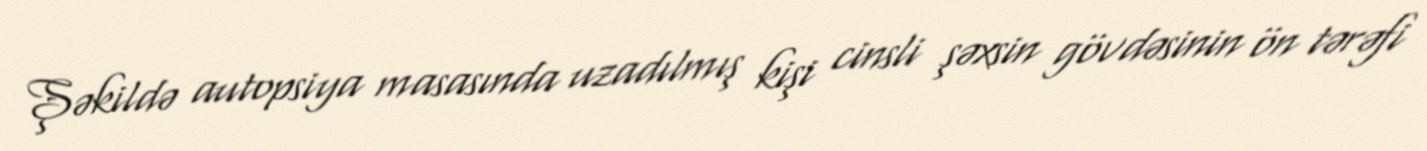
Şəkildə autopsiya masasında uzadılmış kişi cinsli şəxsin gövdəsinin ön tərəfi